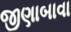
જીણાબાવા